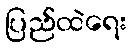
ပြည်ထဲရေး